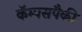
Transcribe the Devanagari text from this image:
कॅम्पसपैकी